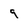
Character: 9